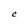
Character: C